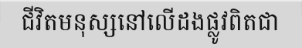
ជីវិតមនុស្សនៅលើដងផ្លូវពិតជា